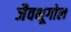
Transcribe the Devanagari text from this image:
जैवभूगोल